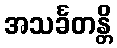
အသင်္ခတန္တိ